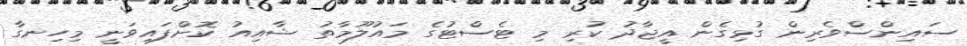
ސައިންސްވެރިން ގުޅިގެން އީޖާދު ކުރި މި ޓެސްޓުގެ މައުލޫމާތު ޝާއިއު ކޮށްފައިވަނީ މިހިނގާ